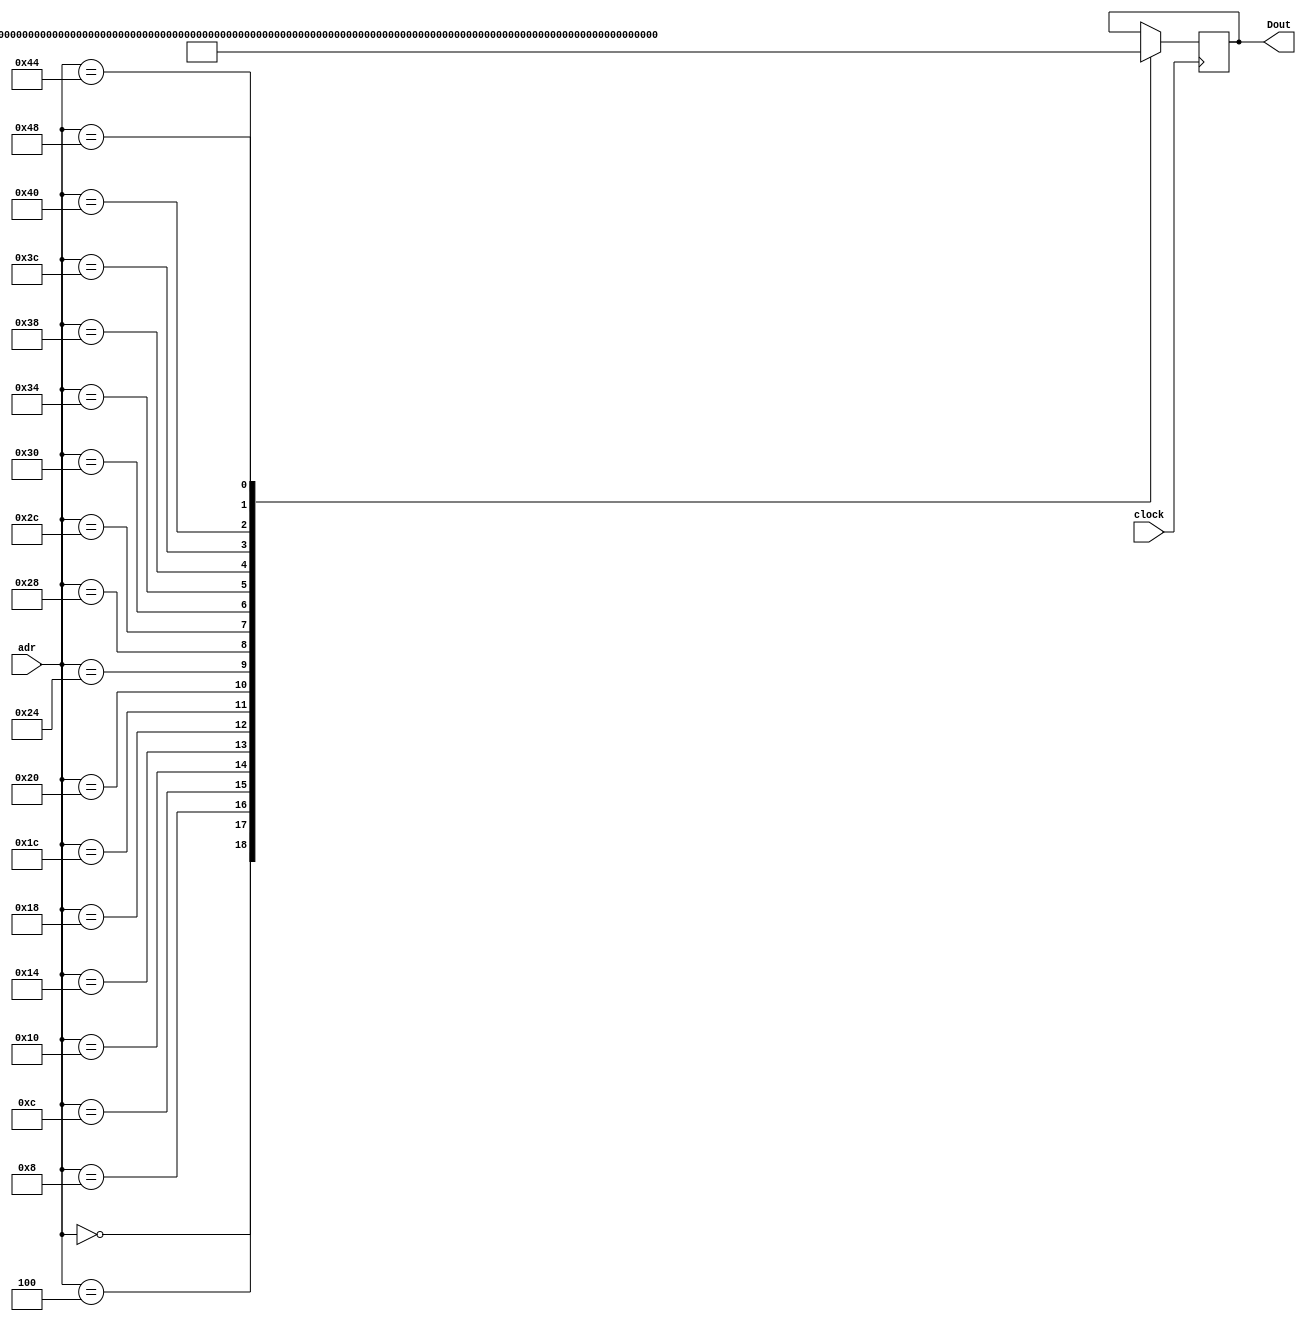
module IM (adr, clock, Dout);

 input      [7:0] adr;
 input      clock;
 output reg [31:0] Dout;
 
  always @(posedge clock) begin
   case(adr)
  
   8'h00 : Dout = 32'h00450693; 
	8'h04 : Dout = 32'h00100713;  
	8'h08 : Dout = 32'h00b76463;  
	8'h0c : Dout = 32'h00008067;  
	8'h10 : Dout = 32'h0006a803;  
	8'h14 : Dout = 32'h00068613;  
	8'h18 : Dout = 32'h00070793;  
	8'h1c : Dout = 32'hffc62883;  
	8'h20 : Dout = 32'h01185a63;  
	8'h24 : Dout = 32'h01162023;  
	8'h28 : Dout = 32'hfff78793;  
	8'h2c : Dout = 32'hffc60613;  
	8'h30 : Dout = 32'hfe0796e3;  
	8'h34 : Dout = 32'h00279793;  
	8'h38 : Dout = 32'h00f507b3;  
	8'h3c : Dout = 32'h0107a023;  
	8'h40 : Dout = 32'h00170713;  
	8'h44 : Dout = 32'h00468693; 
	8'h48 : Dout = 32'hfc1ff06f; 
	
   endcase
  end

endmodule